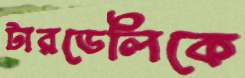
টারডেলিকে